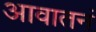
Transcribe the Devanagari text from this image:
आवातनं